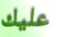
عليك